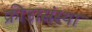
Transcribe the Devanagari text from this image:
क्रीडासंस्था